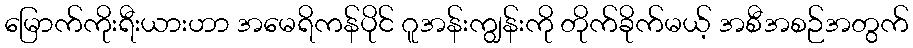
မြောက်ကိုးရီးယားဟာ အမေရိကန်ပိုင် ဂူအန်းကျွန်းကို တိုက်ခိုက်မယ့် အစီအစဉ်အတွက်